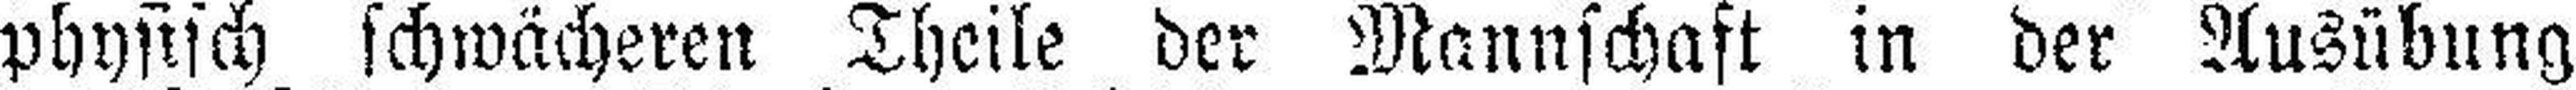
physisch schwächeren Theile der Mannschaft in der Ausübung